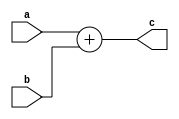
module adder(
        input [31:0] a,b,
        output [31:0] c
    );
    assign c=a+b;
endmodule